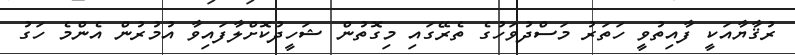
ރުޤާޔާއަކީ ފާއިތުވީ ހަތަރު މަސްދުވަހުގެ ތެރޭގައި މިގޮތުން ޝަހީދުކޮށްލާފައިވާ އުމުރުން އެންމެ ހަގު